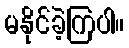
မနိုင်ခဲ့ကြပါ။